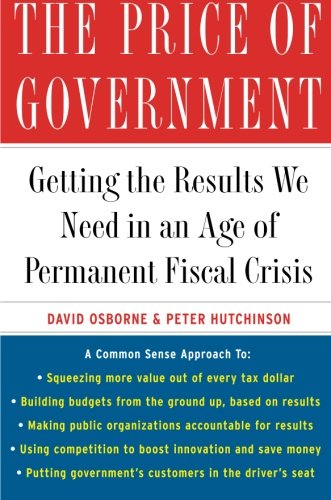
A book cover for The Price of Government: Getting the Results We Need in an Age of Permanent Fiscal Crisis; David Osborne; Business & Money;